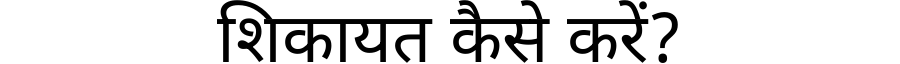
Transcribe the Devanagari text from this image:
शिकायत कैसे करें?